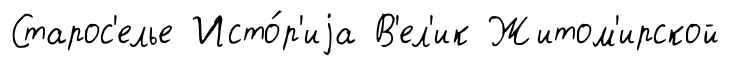
Старос'елье Исто́р'иjа В'ел'ик Житом'ирской